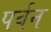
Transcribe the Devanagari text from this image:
पर्वन